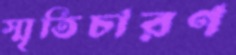
স্মৃতিচারণ